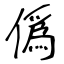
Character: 僞